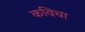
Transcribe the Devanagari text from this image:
कविचा